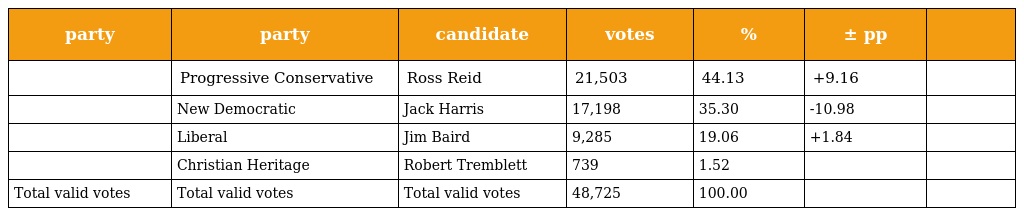
| party | party | candidate | votes | % | ± pp |  |
 | --- | --- | --- | --- | --- | --- | --- |
 |  | Progressive Conservative | Ross Reid | 21,503 | 44.13 | +9.16 |  |
 |  | New Democratic | Jack Harris | 17,198 | 35.30 | -10.98 |  |
 |  | Liberal | Jim Baird | 9,285 | 19.06 | +1.84 |  |
 |  | Christian Heritage | Robert Tremblett | 739 | 1.52 |  |  |
 | Total valid votes | Total valid votes | Total valid votes | 48,725 | 100.00 |  |  |